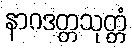
နာဂဒတ္တသုတ္တံ